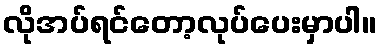
လိုအပ်ရင်တော့လုပ်ပေးမှာပါ။